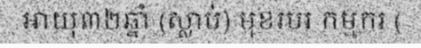
អាយុ៣២ឆ្នាំ (ស្លាប់) មុខរបរ កម្មករ (